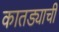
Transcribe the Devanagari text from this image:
कातड्याची